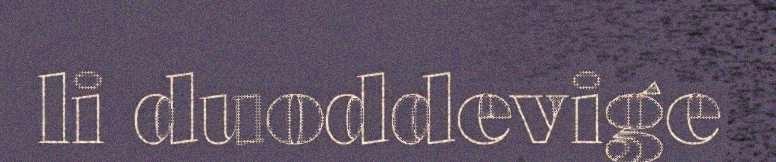
li duoddevige